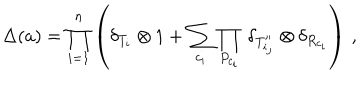
\Delta ( a ) = \prod _ { i = 1 } ^ { n } \left( \delta _ { T _ { i } } \otimes 1 + \sum _ { c _ { i } } \prod _ { P _ { c _ { i } } } \, \delta _ { T _ { i _ { j } } ^ { \prime \prime } } \otimes \delta _ { R _ { c _ { i } } } \right) \, ,